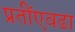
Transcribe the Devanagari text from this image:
प्रतींएवढा